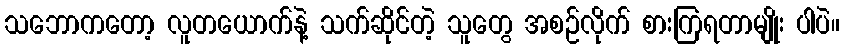
သဘောကတော့ လူတယောက်နဲ့ သက်ဆိုင်တဲ့ သူတွေ အစဉ်လိုက် စားကြရတာမျိုး ပါပဲ။